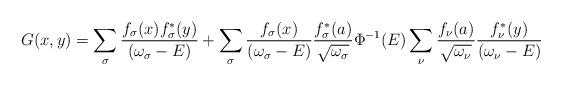
LaTeX: \begin{align*}G(x,y)=\sum_{\sigma} \frac{f_{\sigma}(x) f^*_{\sigma}(y)}{(\omega_{\sigma}-E)} + \sum_{\sigma} \frac{f_{\sigma}(x)}{ (\omega_{\sigma}-E)} \frac{f^*_{\sigma}(a)}{\sqrt{\omega_{\sigma}}}\Phi^{-1}(E) \sum_{\nu} \frac{f_{\nu}(a) }{\sqrt{\omega_{\nu}}}\frac{f^*_{\nu}(y)}{(\omega_{\nu}-E)}\end{align*}